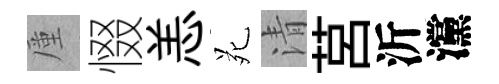
厪惙恙苑清莒沂灙